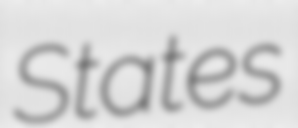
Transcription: States